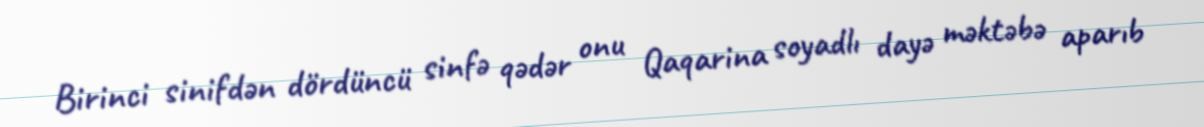
Birinci sinifdən dördüncü sinfə qədər onu Qaqarina soyadlı dayə məktəbə aparıb